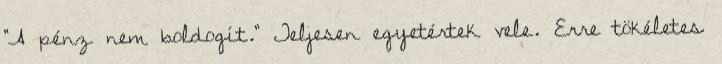
"A pénz nem boldogít." Teljesen egyetértek vele. Erre tökéletes